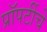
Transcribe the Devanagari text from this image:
प्रॉपर्टीचे